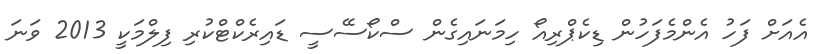
އެއަށް ފަހު އެންމެފަހުން ޑިކެޕްރިއޯ ހިމަނައިގެން ސްކޯސޭސީ ޑައިރެކްޓްކުރި ފިލްމަކީ 2013 ވަނަ